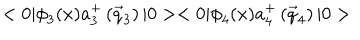
< 0 | { \phi } _ { 3 } ( x ) a _ { 3 } ^ { + } \left( { \vec { q } } _ { 3 } \right) | 0 > < 0 | { \phi } _ { 4 } ( x ) a _ { 4 } ^ { + } \left( { \vec { q } } _ { 4 } \right) | 0 >